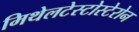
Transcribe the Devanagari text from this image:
मिथेलटेस्टोस्टेरोन